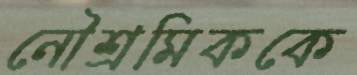
নৌশ্রমিককে